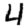
Digit: 4